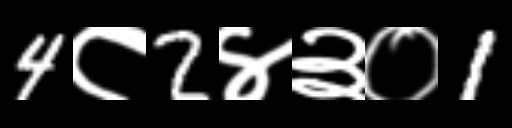
Text: 4८2४३०1